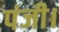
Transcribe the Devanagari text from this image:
पंजी।